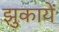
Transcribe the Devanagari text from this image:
झुकायें